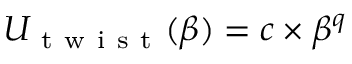
U _ { \mathrm { ~ t ~ w ~ i ~ s ~ t ~ } } ( \beta ) = c \times \beta ^ { q }